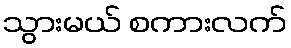
သွားမယ် စကားလက်